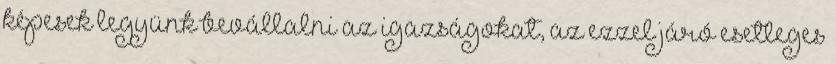
képesek legyünk bevállalni az igazságokat, az ezzel járó esetleges